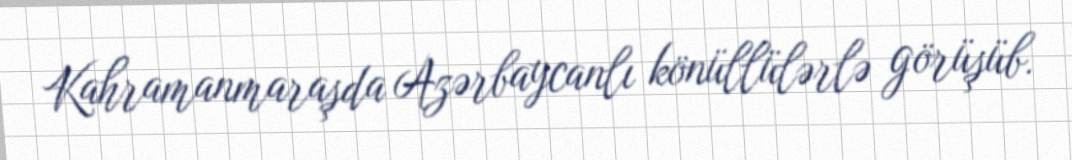
Kahramanmaraşda Azərbaycanlı könüllülərlə görüşüb.